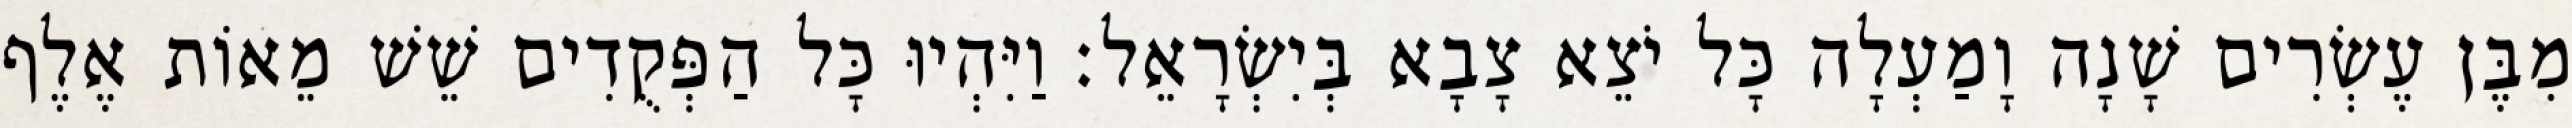
מִבֶּן עֶשְׂרִים שָׁנָה וָמַעְלָה כָּל יֹצֵא צָבָא בְּיִשְׂרָאֵל׃ וַיִּהְיוּ כָּל הַפְּקֻדִים שֵׁשׁ מֵאוֹת אֶלֶף